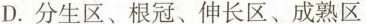
D. 分生区、根冠、伸长区、成熟区